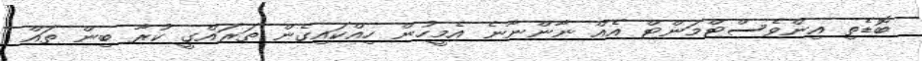
ބޮޑެތި އިންވެސްޓްމަންޓް އެއް ނާންނާނެ އެމީހުން ހިއްކައިގެން ތަރައްގީ ކުރާ ބިން ތައް